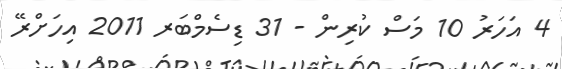
4 އަހަރު 10 މަސް ކުރިން - 31 ޑިސެމްބަރ 2011 އިހަށްރޭ